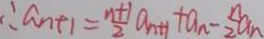
\therefore a _ { n + 1 } = \frac { n + 1 } { 2 } a _ { n + 1 } + a _ { n } - \frac { n } { 2 } a _ { n }